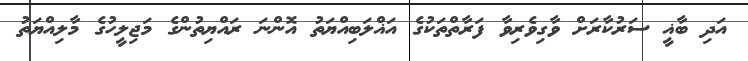
އަދި ބާޣީ ސަރުކާރަށް ވާގިވެރިވާ ފަރާތްތަކުގެ އަޣްލަބިއްޔަތު އޮންނަ ރައްޔިތުންގެ މަޖިލީހުގެ މާލިއްޔަތު